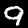
Label: 9